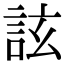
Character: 詃